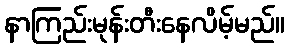
နာကြည်းမုန်းတီးနေလိမ့်မည်။